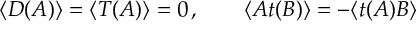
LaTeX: \langle D ( A ) \rangle = \langle T ( A ) \rangle = 0 \, , \qquad \langle A t ( B ) \rangle = - \langle t ( A ) B \rangle